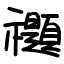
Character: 禵